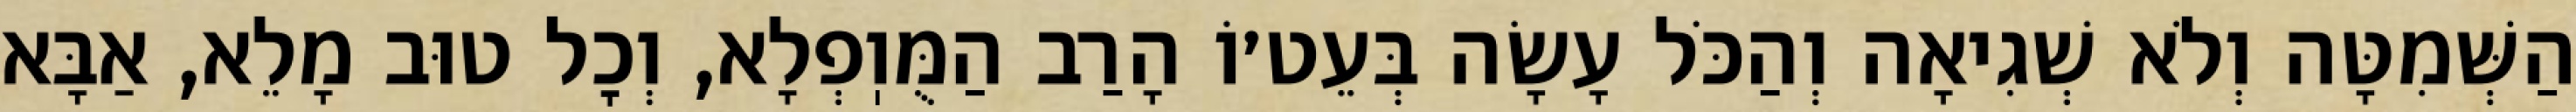
הַשְּׁמִטָּה וְלֹא שְׁגִיאָה וְהַכֹּל עָשָׂה בְּעֵט׳וֹ הָרַב הַמֻּוֽפְלָא, וְכׇל טוּב מָלֵא, אַבָּא